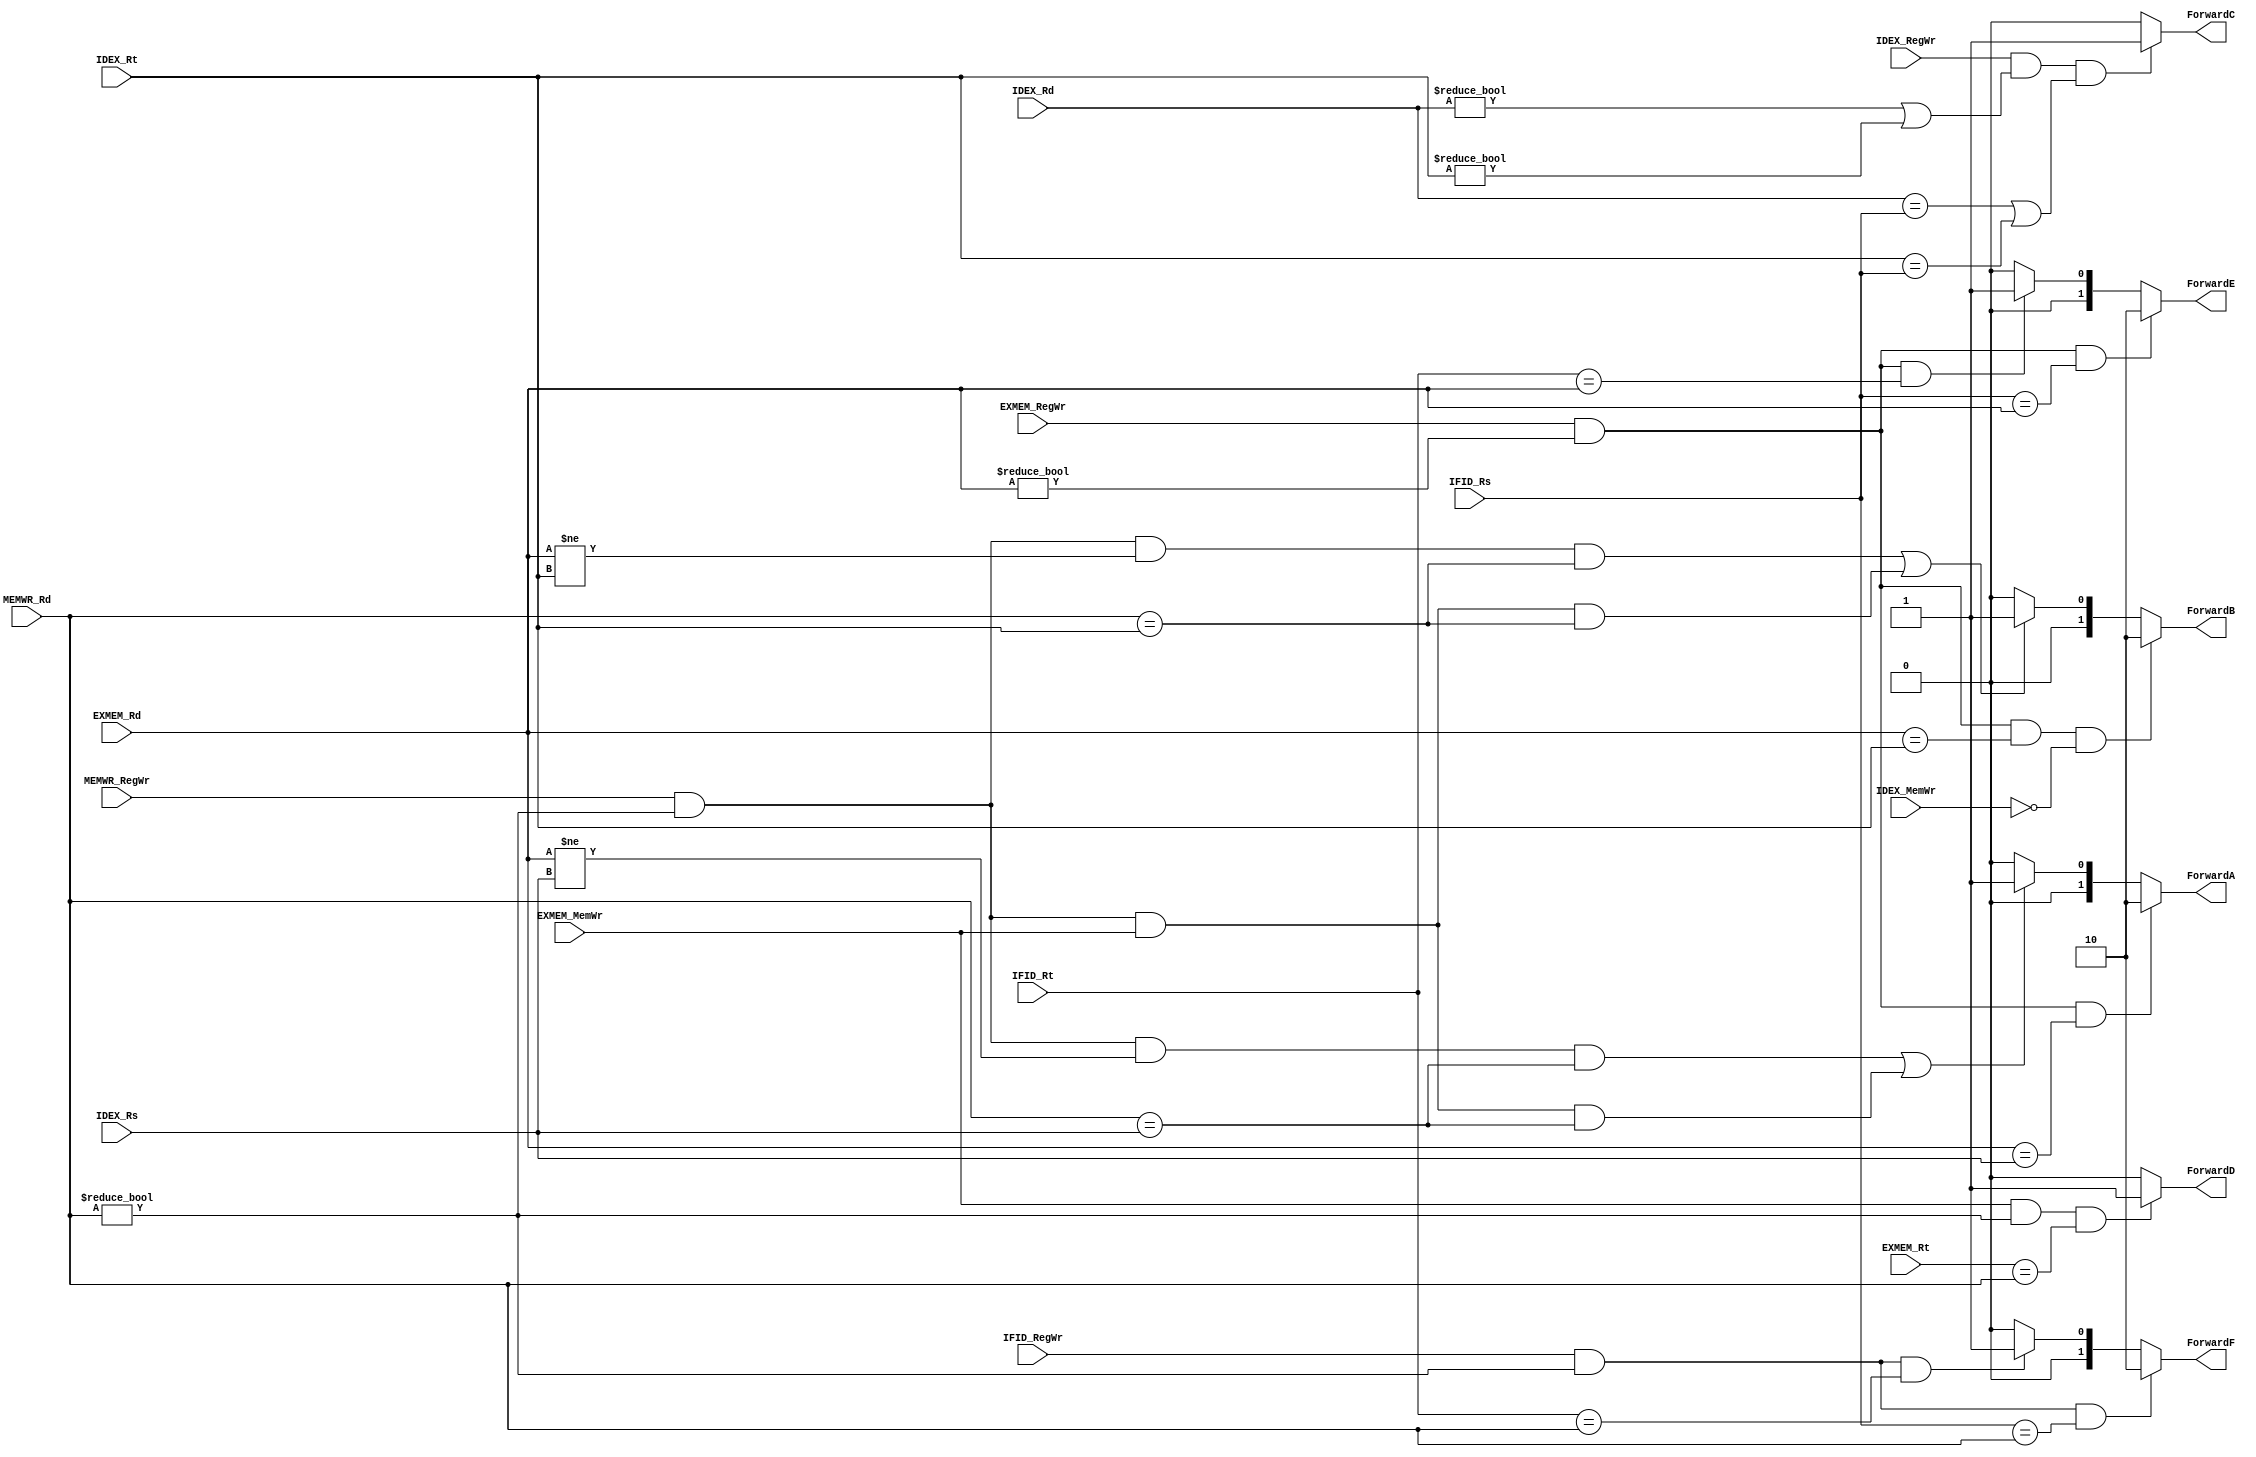
module ForwardingUnit(
    input[4:0]IDEX_Rs,
    input[4:0]IDEX_Rt,
    input[4:0]EXMEM_Rd,
    input[4:0]EXMEM_Rt,
    input[4:0]MEMWR_Rd,
    input[4:0]IDEX_Rd,
    input[4:0]IFID_Rs,
    input[4:0]IFID_Rt,
    input IFID_RegWr,
    input IDEX_RegWr,
    input IDEX_MemWr,
    input EXMEM_RegWr,
    input EXMEM_MemWr,
    input MEMWR_RegWr,

    output reg[1:0]ForwardA,
    output reg[1:0]ForwardB,
    output reg ForwardC,
    output reg ForwardD,
    output reg[1:0]ForwardE,
    output reg[1:0]ForwardF
);
wire C1a,C1b,C2a,C2b;wire C3a;wire C4;wire C6a,C6b;
assign C1a=(EXMEM_RegWr)&&(EXMEM_Rd!=5'b0)&&(EXMEM_Rd==IDEX_Rs);
assign C1b=(EXMEM_RegWr)&&(EXMEM_Rd!=5'b0)&&(EXMEM_Rd==IDEX_Rt)&&(!IDEX_MemWr);
assign C2a=(MEMWR_RegWr)&&(MEMWR_Rd!=5'b0)&&(EXMEM_Rd!=IDEX_Rs)
&&(MEMWR_Rd==IDEX_Rs)
||(MEMWR_RegWr)&&(MEMWR_Rd!=5'b0)&&(EXMEM_MemWr)&&(MEMWR_Rd==IDEX_Rs);
assign C2b=(MEMWR_RegWr)&&(MEMWR_Rd!=5'b0)&&(EXMEM_Rd!=IDEX_Rt)
&&(MEMWR_Rd==IDEX_Rt)
||(MEMWR_RegWr)&&(MEMWR_Rd!=5'b0)&&(EXMEM_MemWr)&&(MEMWR_Rd==IDEX_Rt);
assign C3a=(IDEX_RegWr)&&(IDEX_Rd!=5'b0||IDEX_Rt!=0)&&((IDEX_Rd==IFID_Rs)||(IDEX_Rt==IFID_Rs));
assign C4=(EXMEM_MemWr)&&(MEMWR_Rd!=5'b0)&&(EXMEM_Rt==MEMWR_Rd);//sw pre-post data hazard
assign C5a=(EXMEM_RegWr)&&(EXMEM_Rd!=5'b0)&&(IFID_Rs==EXMEM_Rd);
assign C5b=(EXMEM_RegWr)&&(EXMEM_Rd!=5'b0)&&(IFID_Rt==EXMEM_Rd);
assign C6a=(IFID_RegWr)&&(MEMWR_Rd!=5'b0)&&(IFID_Rs==MEMWR_Rd);//for case that 2 insts divided by 2 insts
assign C6b=(IFID_RegWr)&&(MEMWR_Rd!=5'b0)&&(IFID_Rt==MEMWR_Rd);
always@(*)begin
    if(C1a) ForwardA=2'b10;
    else if(C2a) ForwardA=2'b01;
    else ForwardA=2'b00;

    if(C1b) ForwardB=2'b10;
    else if(C2b) ForwardB=2'b01;
    else ForwardB=2'b00;

    if(C3a) ForwardC=1;
    else ForwardC=0;

    if(C4) ForwardD=1;
    else ForwardD=0;

    if(C5a) ForwardE=2'b10;
    else if(C5b) ForwardE=2'b01;
    else ForwardE=2'b00;

    if(C6a) ForwardF=2'b10;
    else if(C6b) ForwardF=2'b01;
    else ForwardF=2'b00;
end

endmodule